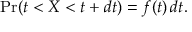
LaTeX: \operatorname* { P r } ( t < X < t + d t ) = f ( t ) \, d t .